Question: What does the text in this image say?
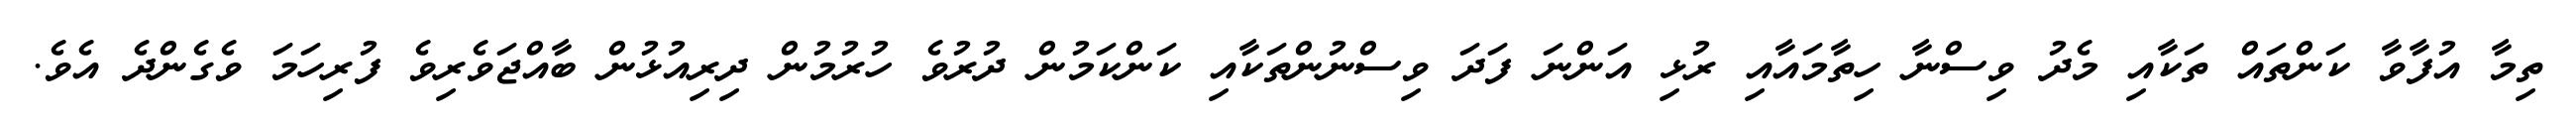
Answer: ތިމާ އުފާވާ ކަންތައް ތަކާއި މެދު ވިސްނާ ހިތާމައާއި ރުޅި އަންނަ ފަދަ ވިސްނުންތަކާއި ކަންކަމުން ދުރުވެ ހުރުމުން ދިރިއުޅުން ބާއްޖަވެރިވެ ފުރިހަމަ ވެގެންދެ އެވެ.